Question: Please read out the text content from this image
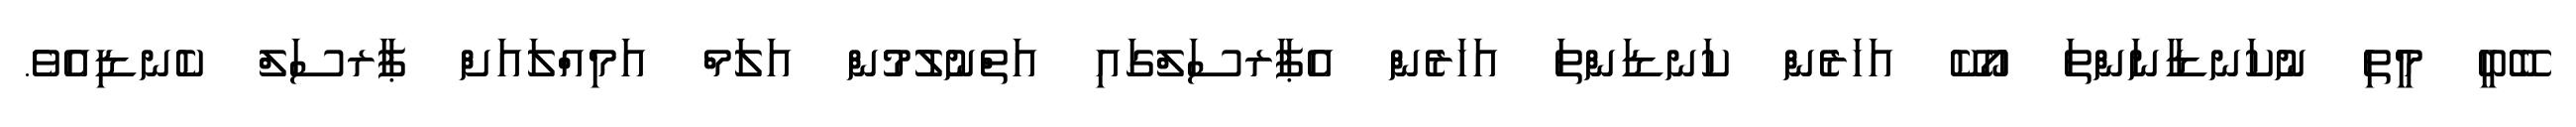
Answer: ބޭބީ މީތި ނުކަނޑާނަންތަ އޯކޭ އަހަރެން ކަނޑަންތަ އަހަރެން އެޕާރސަލްގައި އަތްނުލުމުން އަލަމް އަމިއްލައަށް ޕާރސަލް ކެނޑިއެވެ.